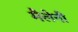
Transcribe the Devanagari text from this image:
मैलेनी